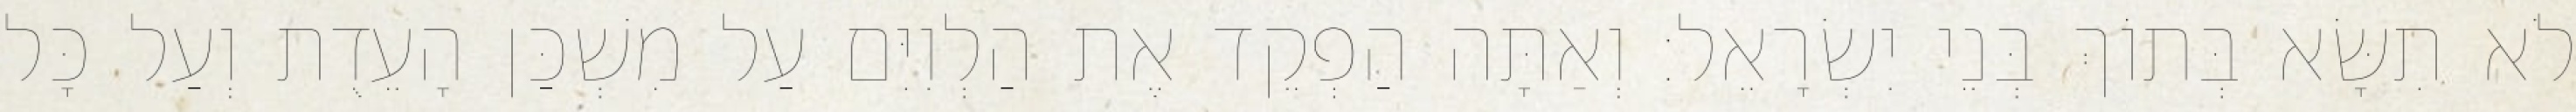
לֹא תִשָּׂא בְּתוֹךְ בְּנֵי יִשְׂרָאֵל׃ וְאַתָּה הַפְקֵד אֶת הַלְוִיִּם עַל מִשְׁכַּן הָעֵדֻת וְעַל כָּל